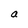
Character: a